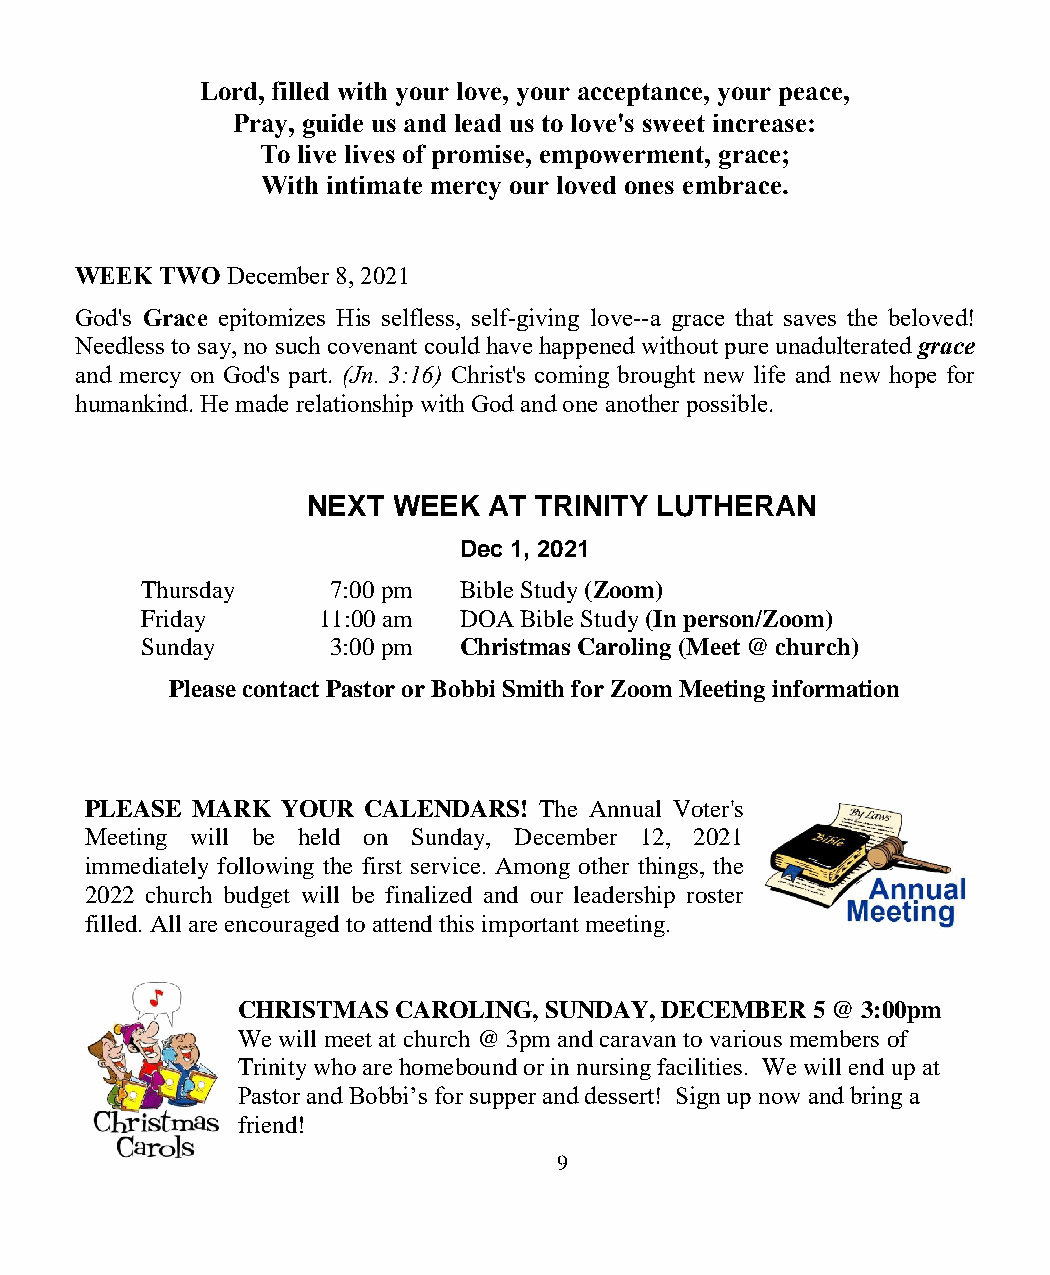
Lord, filled with your love, your acceptance, your peace,
 Pray, guide us and lead us to love's sweet increase:
 To live lives of promise, empowerment, grace;
 With intimate mercy our loved ones embrace.
 WEEK  TWO December 8, 2021
 God's Grace epitomizes His selfless, self-giving love--a grace that saves the beloved!
 Needless to say, no such covenant could have happened without pure unadulterated grace
 and mercy on God's part. (Jn. 3:16) Christ's coming brought new life and new hope for
 humankind. He made relationship with God and one another possible.
 NEXT  WEEK  AT TRINITY  LUTHERAN
 Dec 1, 2021
 Thursday     7:00 pm Bible Study (Zoom)
 Friday      11:00 am DOA Bible Study (In person/Zoom)
 Sunday       3:00 pm Christmas Caroling (Meet @ church)
 Please contact Pastor or Bobbi Smith for Zoom Meeting information
 PLEASE MARK  YOUR CALENDARS!  The Annual Voter's
 Meeting will be held on Sunday, December 12, 2021
 immediately following the first service. Among other things, the
 2022 church budget will be finalized and our leadership roster
 filled. All are encouraged to attend this important meeting.
 CHRISTMAS CAROLING, SUNDAY, DECEMBER  5 @ 3:00pm
 We will meet at church @ 3pm and caravan to various members of
 Trinity who are homebound or in nursing facilities. We will end up at
 Pastor and Bobbi’s for supper and dessert! Sign up now and bring a
 friend!
 9